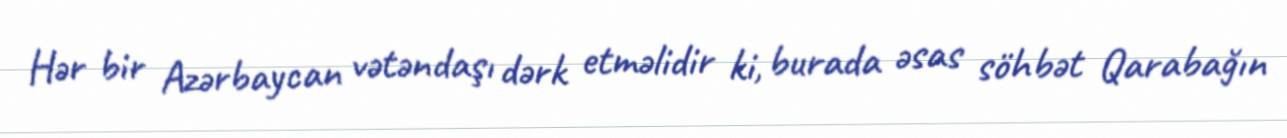
Hər bir Azərbaycan vətəndaşı dərk etməlidir ki, burada əsas söhbət Qarabağın